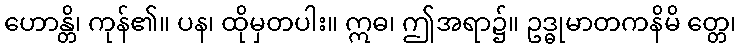
ဟောန္တိ၊ ကုန်၏။ ပန၊ ထိုမှတပါး။ ဣဓ၊ ဤအရာ၌။ ဥဒ္ဓုမာတကနိမိ တ္တေ၊